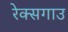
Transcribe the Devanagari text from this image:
रेक्सगाउ